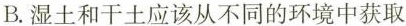
B.湿土和干土应该从不同的环境中获取